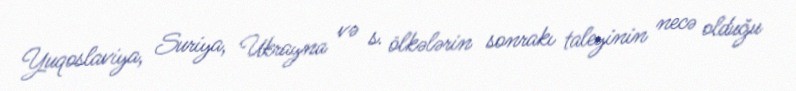
Yuqoslaviya, Suriya, Ukrayna və s. ölkələrin sonrakı taleyinin necə olduğu